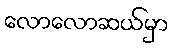
လောလောဆယ်မှာ